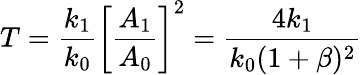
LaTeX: T=\frac{k_{1}}{k_{0}}\left[\frac{A_{1}}{A_{0}}\right]^{2}=\frac{4k_{1}}{k_{0}(1+\beta)^{2}}